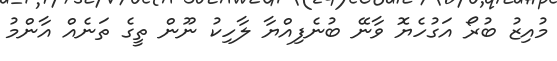
މުއިޒު ބުރޯ އަގުހެޔޮ ވާނޭ ބުނެފިއްޔާ ލާހިކު ނޫން ތީގެ ތަނެއް އާންމު